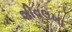
શીવલખા